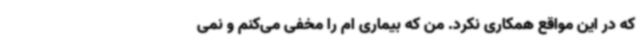
که در این مواقع همکاری نکرد. من که بیماری ام را مخفی می‌کنم و نمی